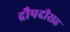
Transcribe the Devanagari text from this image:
द्रौपदीसह